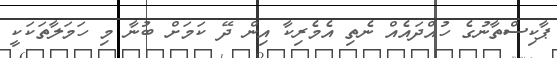
ޕާކިސްތާނުގެ ހުއްދައެއް ނެތި އެމެރިކާ އިން ދޭ ކަމަށް ބުނާ މި ހަމަލާތަކަކީ